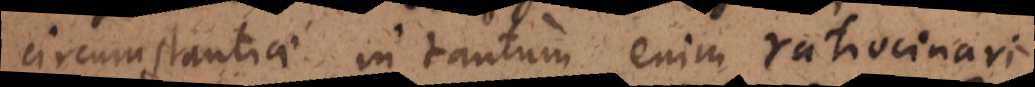
circumstantiae, in tantum enim ratiocinari